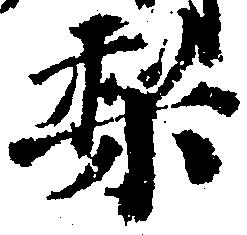
梨